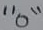
Text: "0"